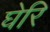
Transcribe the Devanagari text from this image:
घेरि